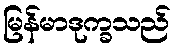
မြန်မာဒုက္ခသည်